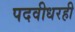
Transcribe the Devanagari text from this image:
पदवीधरही